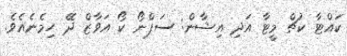
ކައްޓާ ކުޗް މީޓާ އަދި އިޝާން: ސަޕްނޯ ކޯ އަވާޒް ދޭ ހިމެނެއެވެ.